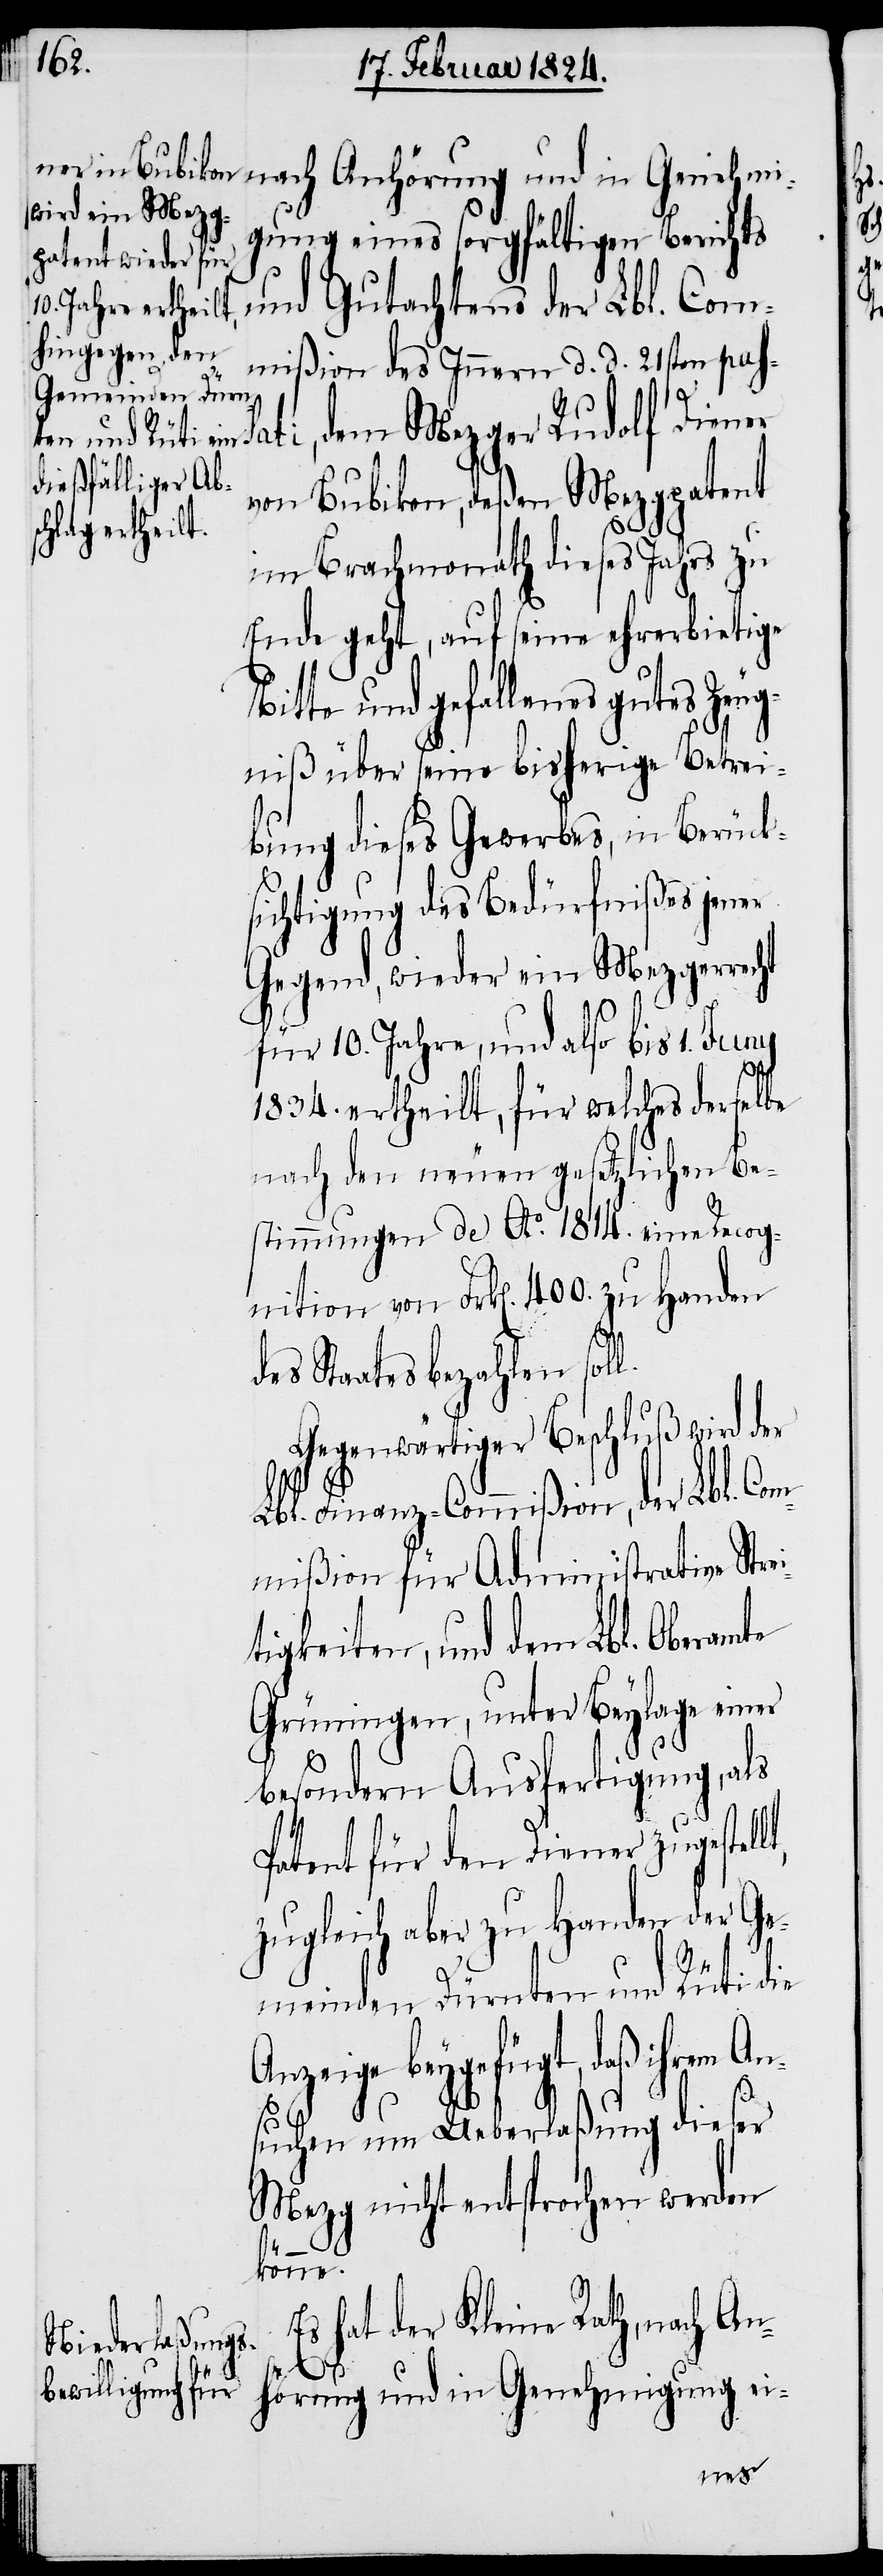
und Gutachtens der Lbl. Com¬
mißion des Innern d. d. 21sten pas¬
Die¬
von Bubikon, deßen Mezgpatent
im Brachmonath dieses Jahrs zu
Ende geht, auf seine ehrerbietige
Bitte und gefallenes gutes Zeu¬
gniß über seine bisherige Betrei¬
bung dieses Gewerbes, in Berück¬
sichtigung des Bedürfnißes jener
Gegend, wieder ein Mezgerrecht
für 10. Jahre, und also bis 1. Juny
1834. ertheilt, für welches derselbe
nach den neuen gesetzlichen Be¬
stimmungen de Ao. 1814. eine Recog¬
nition von Frk[en]. 400. zu Handen
lt,
dem
des Staates bezahlen sol¬
Gegenwärtiger Beschluß wird
Lbl. Finanz-Commißion, der Lbl. Com¬
mißion für Administrative Stre¬
itigkeiten, und den Lbl. Oberamte
Grüningen, unter Beylage einer
besondern Ausfertigung, als
Patent für den Diener zugestel¬
zugleich aber zu Handen der Ge¬
meinden Dürnten und Rüti die
Anzeige beygefügt, daß ihrem An¬
suchen um Ueberlaßung dieser
Mezg nicht entsprochen werden
könne.
Es hat der Kleine Rath, nach An¬
hörung und in Genehmigung ei-
ner